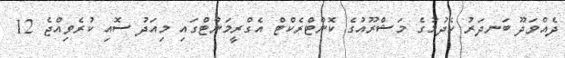
ދެއްވަދޫ ބަނދަރު ހެދުމުގެ މަޝްރޫއުގެ ކޮންޓްރެކްޓް އެގްރީމަންޓްގައި މިއަދު ސޮއި ކުރެވިއްޖެ 12